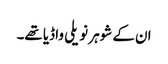
ان کے شوہر نویلی واڈیا تھے۔